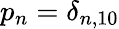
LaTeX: p_{n}=\delta_{n,10}